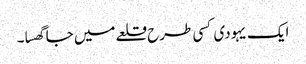
ایک یہودی کسی طرح قلعے میں جا گھسا۔